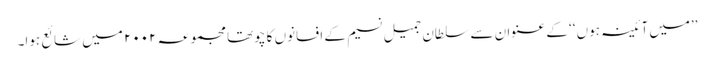
’’میں آئینہ ہوں ‘‘ کے عنوان سے سلطان جمیل نسیم کے افسانوں کا چوتھا مجموعہ ۲۰۰۲ میں شائع ہوا۔